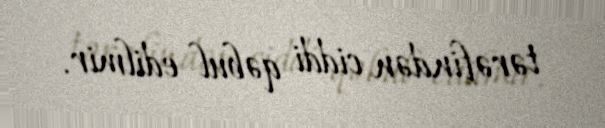
tərəfindən ciddi qəbul edilmir.